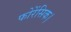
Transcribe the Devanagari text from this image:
फोरेंसिक।